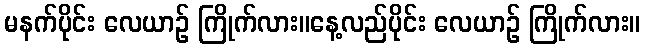
မနက်ပိုင်း လေယာဉ် ကြိုက်လား။နေ့လည်ပိုင်း လေယာဉ် ကြိုက်လား။